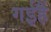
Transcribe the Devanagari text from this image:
गईहैं